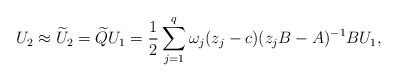
\begin{align*}U_2\approx \widetilde{U}_2 = \widetilde{Q}U_1= \frac{1}{2} \sum^{q}_{j=1}\omega_j(z_j-c)(z_j B- A)^{-1} BU_1,\end{align*}